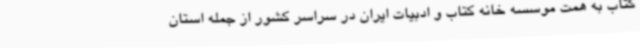
کتاب به همت موسسه خانه کتاب و ادبیات ایران در سراسر کشور از جمله استان